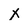
Character: X